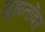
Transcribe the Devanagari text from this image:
सुहार्तोवर